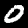
Digit: 0